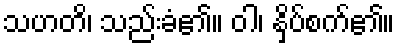
သဟတိ၊ သည်းခံ၏။ ဝါ၊ နှိပ်စက်၏။